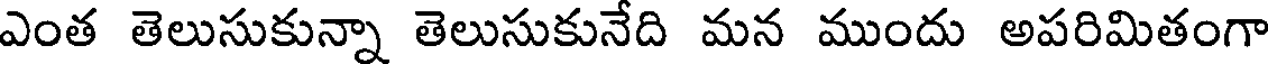
ఎంత తెలుసుకున్నా తెలుసుకునేది మన ముందు అపరిమితంగా